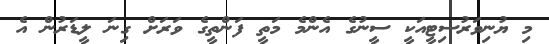
މި ޔުނިވަރުސިޓީއަކީ ސީނުގެ އެންމެ މަތީ ފަންތީގެ ވަރަށް ގިނަ ލީޑަރުން އެ